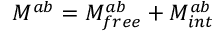
M ^ { a b } = M _ { f r e e } ^ { a b } + M _ { i n t } ^ { a b }